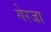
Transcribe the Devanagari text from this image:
गेरजा